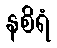
နစိရံ